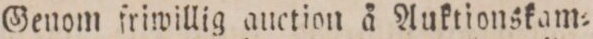
Genom friwillig auction å Auktionskam=